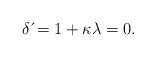
LaTeX: \begin{align*}\delta \,\acute{}=1+\kappa \lambda=0. \end{align*}